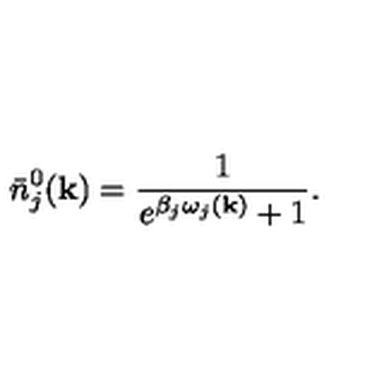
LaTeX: \bar { n } _ { j } ^ { 0 } ( { \bf k } ) = \frac { 1 } { { e } ^ { \beta _ { j } \omega _ { j } ( { \bf k } ) } + 1 } .